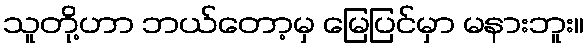
သူတို့ဟာ ဘယ်တော့မှ မြေပြင်မှာ မနားဘူး။